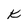
Character: K